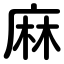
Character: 麻